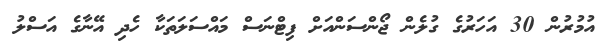
އުމުރުން 30 އަހަރުގެ ގުލެން ޖޯންސަންއަށް ފިޓްނަސް މައްސަލަތަކާ ހެދި އޭނާގެ އަސްލު